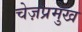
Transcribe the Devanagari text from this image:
चेज़प्रमुख